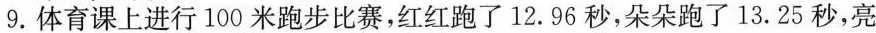
9.体育课上进行100米跑步比赛，红红跑了12.96秒，朵朵跑了13.25秒，亮